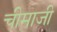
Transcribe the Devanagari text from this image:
चीमाजी